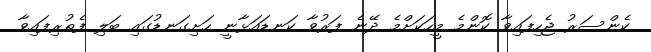
ކެންސަރު ޖެހިފައިވާ ކޮންމެ މީހަކަށްމެ ދޭނެ ފަރުވާ ކަނޑައަޅާނީ ހަށިގަނޑުގައި ބަލި ފެތުރިފައިވާ